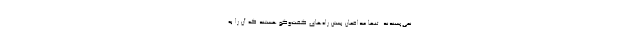
نمی‌پسندند. تنها مدافعان بستن راه‌های گفت‌و‌گو هستند که آن را به